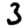
Digit: 3